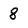
Character: 8